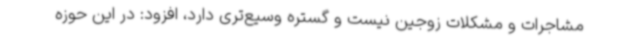
مشاجرات و مشکلات زوجین نیست و گستره وسیع‌تری دارد، افزود: در این حوزه